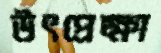
উৎপ্রেক্ষা